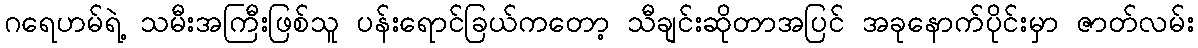
ဂရေဟမ်ရဲ့ သမီးအကြီးဖြစ်သူ ပန်းရောင်ခြယ်ကတော့ သီချင်းဆိုတာအပြင် အခုနောက်ပိုင်းမှာ ဇာတ်လမ်း